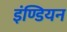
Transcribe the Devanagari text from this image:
इंण्डियन